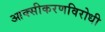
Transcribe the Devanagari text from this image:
आक्सीकरणविरोधी